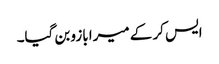
ایس کر کے میرا بازو بن گیا۔